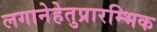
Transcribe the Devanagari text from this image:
लगानेहेतुप्रारम्भिक